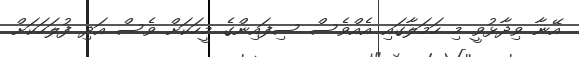
އޭނާ ވިދާޅުވީ މި ހަމަލާގައި އެއްވެސް ސިފައިންގެ މީހަކަށް ވެސް އަދި ފުލަހަކަށް